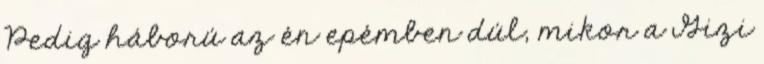
Pedig háború az én epémben dúl, mikor a Gizi